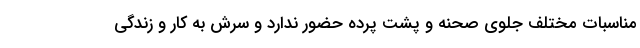
مناسبات مختلف جلوی صحنه و پشت پرده حضور ندارد و سرش به کار و زندگی